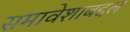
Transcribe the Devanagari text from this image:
समावेशाबद्दल